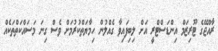
ރާއްޖޭގެ ޓޫރިޒަމް އިންޑަސްޓްރީ އަށް ލިބިފައިވާ ގެއްލުން ހިމާޔަތްކުރުމަށް ވެސް ގިނަ މަސައްކަތްތަކެއް